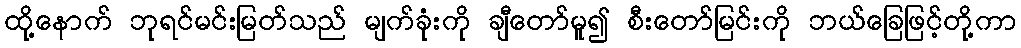
ထို့နောက် ဘုရင်မင်းမြတ်သည် မျက်ခုံးကို ချီတော်မူ၍ စီးတော်မြင်းကို ဘယ်ခြေဖြင့်တို့ကာ